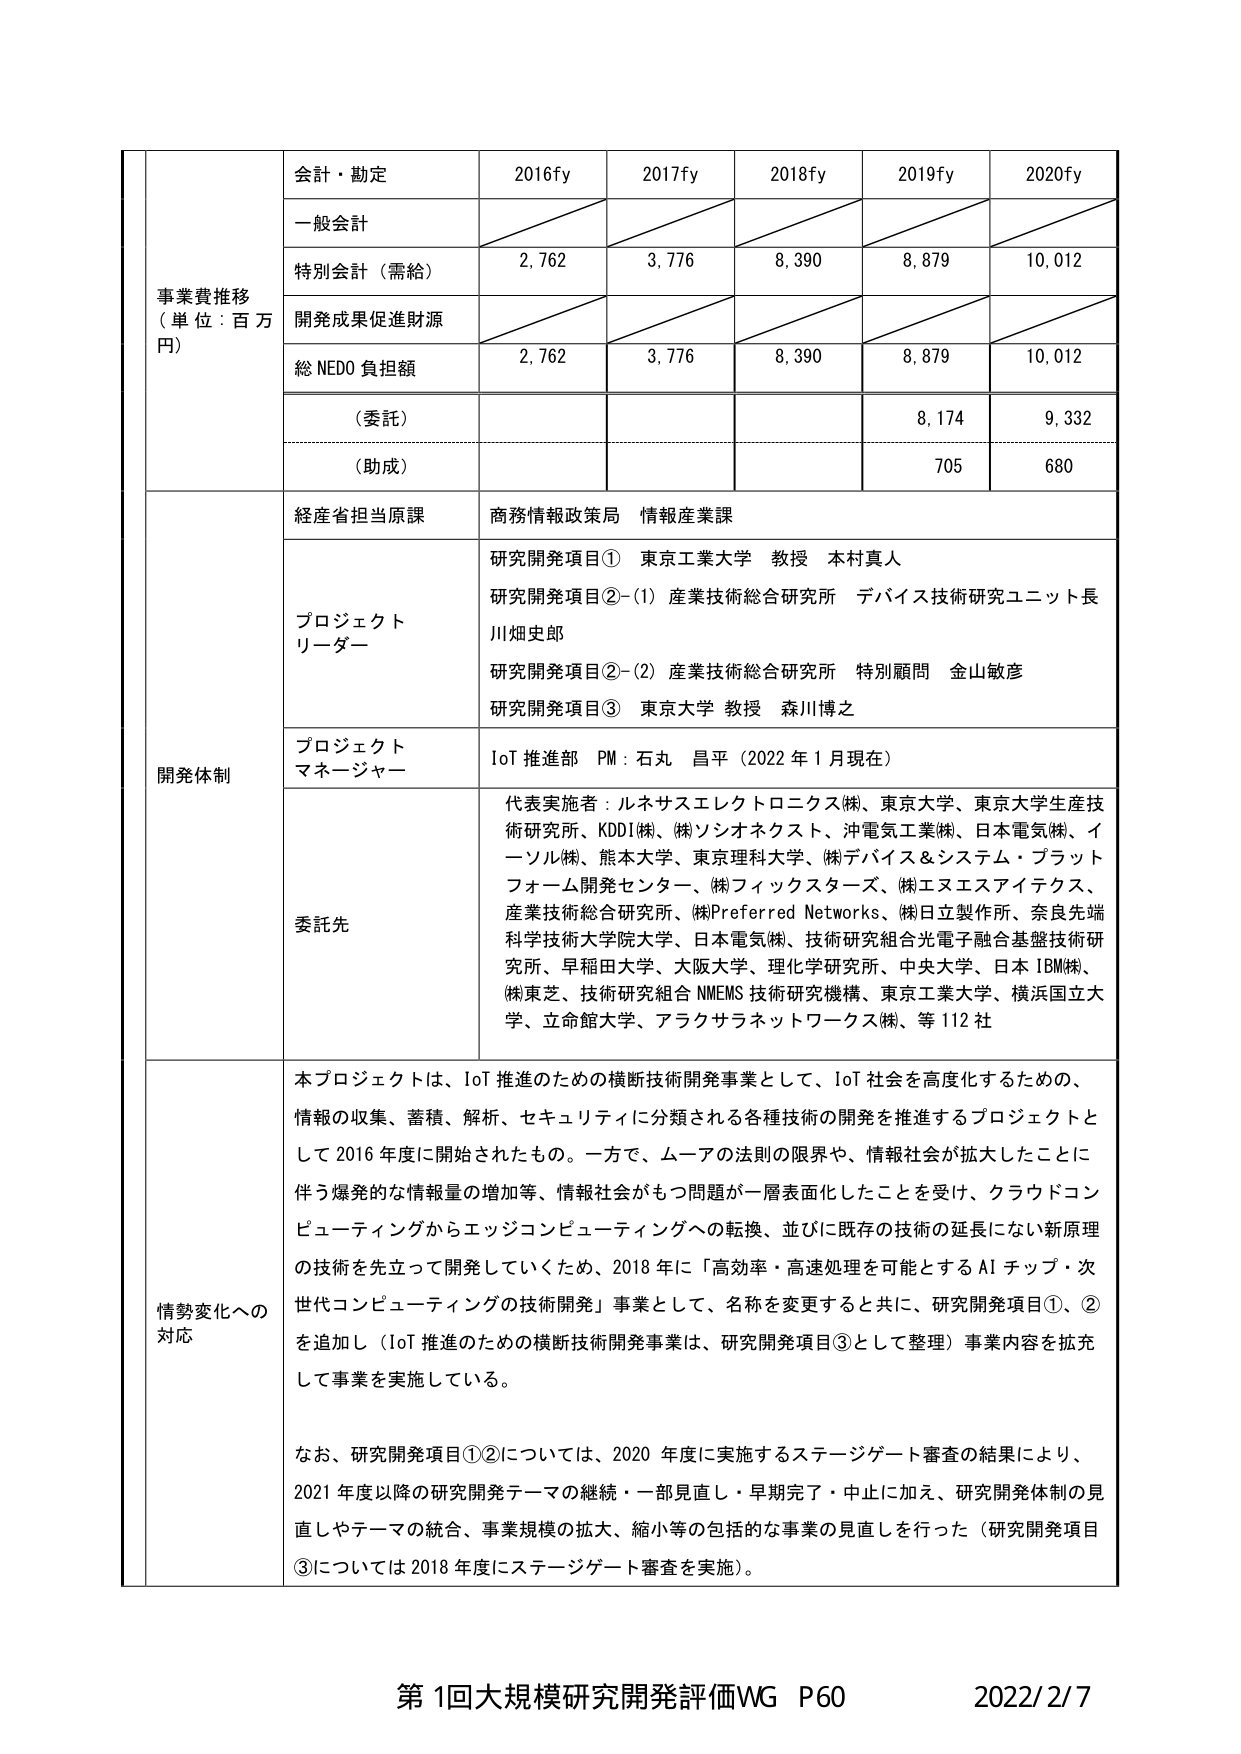
事業費推移
（単位：百万円）

会計・勘定
2016fy
2017fy
2018fy
2019fy
2020fy

一般会計

特別会計（需給）
2,762
3,776
8,390
8,879
10,012

開発成果促進財源

総 NEDO 負担額
2,762
3,776
8,390
8,879
10,012

（委託）
8,174
9,332

（助成）
705
680

開発体制

経産省担当原課
商務情報政策局 情報産業課

プロジェクトリーダー
研究開発項目① 東京工業大学 教授 本村真人
研究開発項目②-(1) 産業技術総合研究所 デバイス技術研究ユニット長 川畑史郎
研究開発項目②-(2) 産業技術総合研究所 特別顧問 金山敏彦
研究開発項目③ 東京大学 教授 森川博之

プロジェクトマネージャー
IoT 推進部 PM：石丸 昌平（2022 年 1 月現在）

委託先
代表実施者：ルネサスエレクトロニクス㈱、東京大学、東京大学生産技術研究所、KDDI㈱、㈱ソシオネクスト、沖電気工業㈱、日本電気㈱、イーソル㈱、熊本大学、東京理科大学、㈱デバイス＆システム・プラットフォーム開発センター、㈱フィックスターズ、㈱エヌエスアイテクス、産業技術総合研究所、㈱Preferred Networks、㈱日立製作所、奈良先端科学技術大学院大学、日本電気㈱、技術研究組合光電子融合基盤技術研究所、早稲田大学、大阪大学、理化学研究所、中央大学、日本 IBM㈱、㈱東芝、技術研究組合 NMEMS 技術研究機構、東京工業大学、横浜国立大学、立命館大学、アラクサラネットワークス㈱、等 112 社

情勢変化への対応
本プロジェクトは、IoT 推進のための横断技術開発事業として、IoT 社会を高度化するための、情報の収集、蓄積、解析、セキュリティに分類される各種技術の開発を推進するプロジェクトとして 2016 年度に開始されたもの。一方で、ムーアの法則の限界や、情報社会が拡大したことに伴う爆発的な情報量の増加等、情報社会がもつ問題が一層表面化したことを受け、クラウドコンピューティングからエッジコンピューティングへの転換、並びに既存の技術の延長にない新原理の技術を先立って開発していくため、2018 年に「高効率・高速処理を可能とする AI チップ・次世代コンピューティングの技術開発」事業として、名称を変更すると共に、研究開発項目①、②を追加し（IoT 推進のための横断技術開発事業は、研究開発項目③として整理）事業内容を拡充して事業を実施している。

なお、研究開発項目①②については、2020 年度に実施するステージゲート審査の結果により、2021 年度以降の研究開発テーマの継続・一部見直し・早期完了・中止に加え、研究開発体制の見直しやテーマの統合、事業規模の拡大、縮小等の包括的な事業の見直しを行った（研究開発項目③については 2018 年度にステージゲート審査を実施）。

第 1回大規模研究開発評価WG P60
2022/2/7